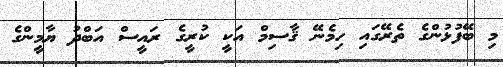
މި ބޭފުޅުންގެ ތެރޭގައި ހިމެނޭ ޤާސިމް އަކީ ކުރީގެ ރައީސް އަބްދު ޔާމީންގެ